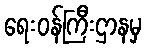
ရေးဝန်ကြီးဌာနမှ